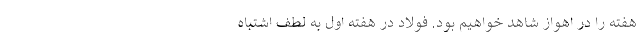
هفته را در اهواز شاهد خواهیم بود. فولاد در هفته اول به لطف اشتباه